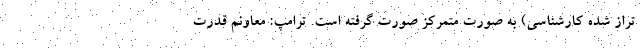
تراز شده کارشناسی) به صورت متمرکز صورت گرفته است. ترامپ: معاونم قدرت